Education (Scotland) Act, 1942
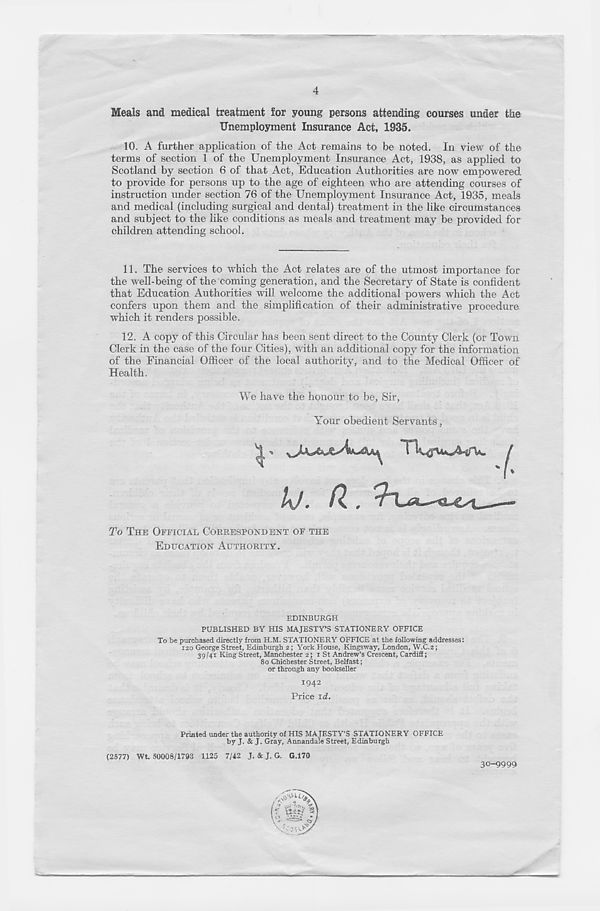
4
Meals and medical treatment for young persons attending courses under the
Unemployment Insurance Act, 1935.
10.
A further application of the Act r
terms of section 1 of the Unemployment Insurance Act, 1938, as applied to
Scotland by section 6 of that Act, Education Authorities are now empowered
to provide for persons up to the age of eighteen who are attending courses of
instruction under section 76 of the Unemployment Insurance Act, 1935, meals
and medical (including surgical and dental) treatment in the like circumstances
and subject to the like conditions as meals and treatment may be provided for
children attending school.
11. The services to which the Act relates are of the utmost importance for
the well-being of the coming generation, and the Secretary of State is confident
that Education Authorities will welcome the additional powers which the Act
confers upon them and the simplification of their administrative procedure
which it renders possible.
12. A copy of this Circular has been sent direct to the County Clerk (or Town
Clerk in the case of the four Cities), with an additional copy for the information
of the Financial Officer of the local authority, and to the Medical Officer of
Health.
We have the honour to be, Sir,
Your obedient Servants,
kj. a.
To THE OFFICIAL CORRESPONDENT OF THE
EDUCATION AUTHORITY.
EDINBURGH
PUBLISHED BY HIS MAJESTY’S STATIONERY OFFICE
To be purchased directly from H.M. STATIONERY OFFICE at the following addresses:
iso George Street, Edinburgh 2; York House, Kingsway, London, W.C.2;
39/41 King Street, Manchester 2; 1 St Andrew’s Crescent, Cardiff;
80 Chichester Street, Belfast;
or through any bookseller
1942
Price id.
Printed under the authority of HIS MAJESTY’S STATIONERY OFFICE
by J. & J. Gray, Annandale Street, Edinburgh
(2577) Wt. 50008/1793 1125 7/42 J. & J. G. G.170
30-9999.